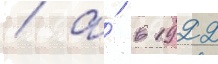
/ а́ в 1922